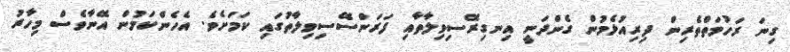
ގިނަ ރަހުމަތްތެރިން ދިރިއުޅެމުން ގެންދަނީ އިނގިރޭސިވިލާތާއި ފަރަންސޭސިވިލާތުގައި ކަމަށެވެ. އެހެންކަމުން އޭނާވެސް މިހާރު